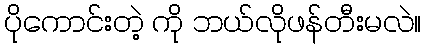
ပိုကောင်းတဲ့ ကို ဘယ်လိုဖန်တီးမလဲ။